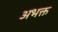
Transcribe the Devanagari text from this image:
अभक्त